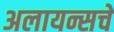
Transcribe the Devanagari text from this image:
अलायन्सचे